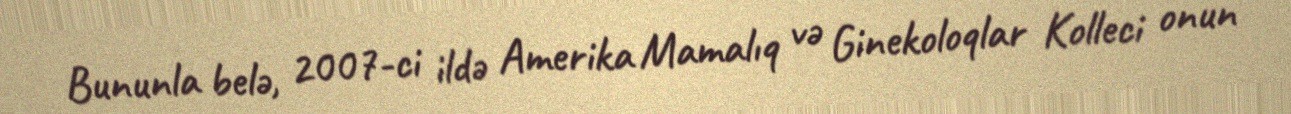
Bununla belə, 2007-ci ildə Amerika Mamalıq və Ginekoloqlar Kolleci onun